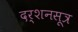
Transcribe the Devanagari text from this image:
दर्शनसूत्र